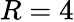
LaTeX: R=4